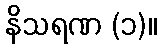
နိသရဏ (၁)။